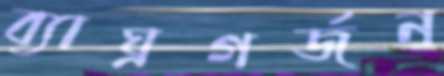
ব্যাঘ্রগর্জন